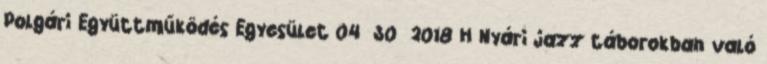
Polgári Együttműködés Egyesület 04 30 2018 H Nyári jazz táborokban való